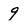
Character: 9